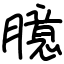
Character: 臆